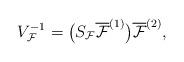
LaTeX: \begin{align*}V^{-1}_{\mathcal{F}}= \big(S_{\mathcal{F}}\overline{\mathcal{F}}^{(1)}\big)\overline{\mathcal{F}}^{(2)},\end{align*}